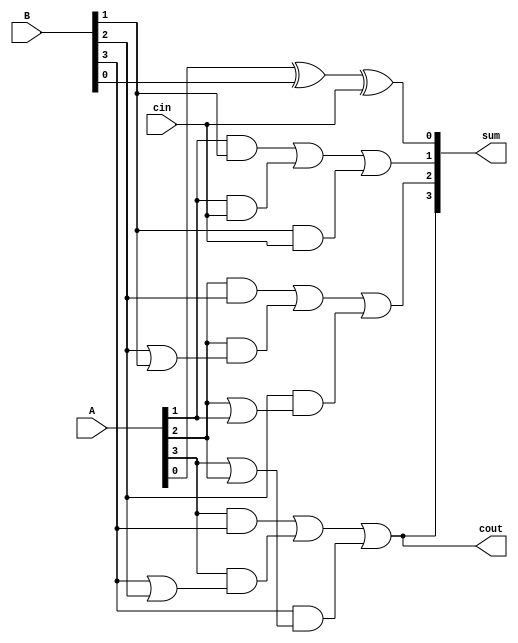
module carry_select_adder(
    input wire [3:0] A,
    input wire [3:0] B,
    input wire cin,
    output wire [3:0] sum,
    output wire cout
);

wire [3:0] sum_cin0;
wire [3:0] sum_cin1;

// Carry-lookahead unit for sum assuming carry-in = 0
assign sum_cin0[0] = A[0] ^ B[0] ^ cin;
assign sum_cin0[1] = (A[1] & B[1]) | (A[1] & cin) | (B[1] & cin);
assign sum_cin0[2] = (A[2] & B[2]) | (A[2] & (B[2] | B[1])) | (B[2] & (A[2] | A[1]));
assign sum_cin0[3] = (A[3] & B[3]) | (A[3] & (B[3] | B[2])) | (B[3] & (A[3] | A[2]));

// Carry-lookahead unit for sum assuming carry-in = 1
assign sum_cin1[0] = A[0] ^ B[0] ^ cin;
assign sum_cin1[1] = (A[1] & B[1]) | (A[1] & cin) | (B[1] & cin);
assign sum_cin1[2] = (A[2] & B[2]) | (A[2] & (B[2] | B[1])) | (B[2] & (A[2] | A[1]));
assign sum_cin1[3] = (A[3] & B[3]) | (A[3] & (B[3] | B[2])) | (B[3] & (A[3] | A[2]));

// Select output based on carry-in signal
assign sum = (cin) ? sum_cin1 : sum_cin0;

// Generate output carry
assign cout = (sum_cin0[3] & sum_cin1[3]);

endmodule